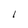
Character: l